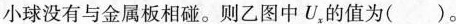
小球没有与金属板相碰。则乙图中U，的值为()。